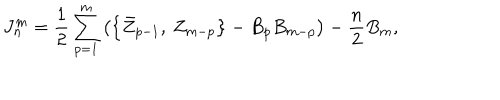
J _ { n } ^ { m } = \frac 1 2 \sum _ { p = 1 } ^ { m } \left( \left\{ \bar { Z } _ { p - 1 } , \: Z _ { m - p } \right\} - B _ { p } B _ { m - p } \right) - \frac n 2 B _ { m } ,